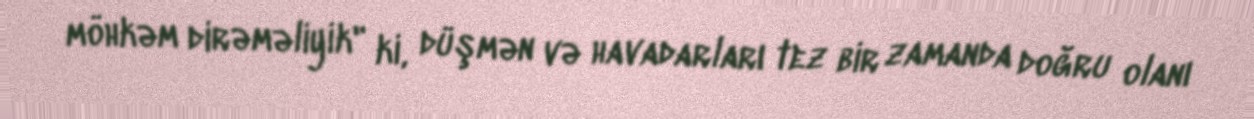
möhkəm dirəməliyik" ki, düşmən və havadarları tez bir zamanda doğru olanı